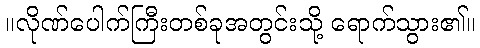
။လိုဏ်ပေါက်ကြီးတစ်ခုအတွင်းသို့ ရောက်သွား၏။